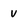
Character: V